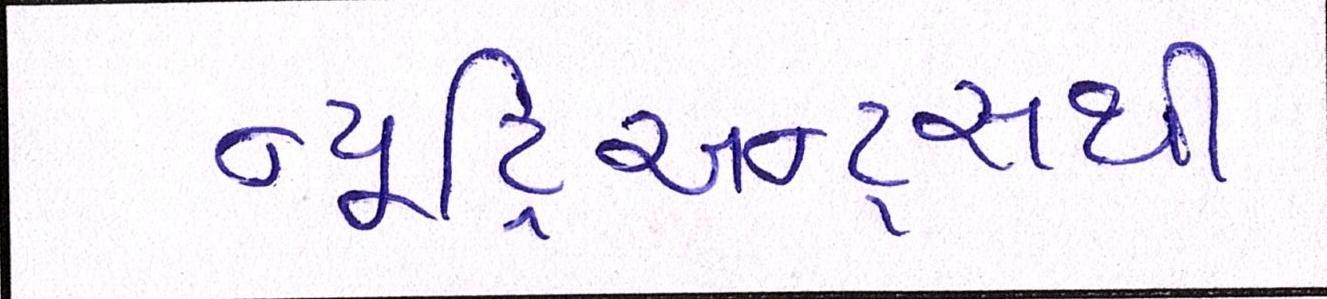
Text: ન્યૂટ્રિઅન્ટ્સથી